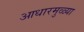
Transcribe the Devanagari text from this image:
आधारमुळ्या